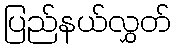
ပြည်နယ်လွှတ်